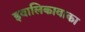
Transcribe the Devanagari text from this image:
इवालिकावाका